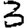
Digit: 3